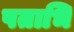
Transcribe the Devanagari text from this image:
पताभि